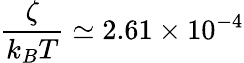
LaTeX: \frac{\zeta}{k_{B}T}\simeq 2.61\times 10^{-4}